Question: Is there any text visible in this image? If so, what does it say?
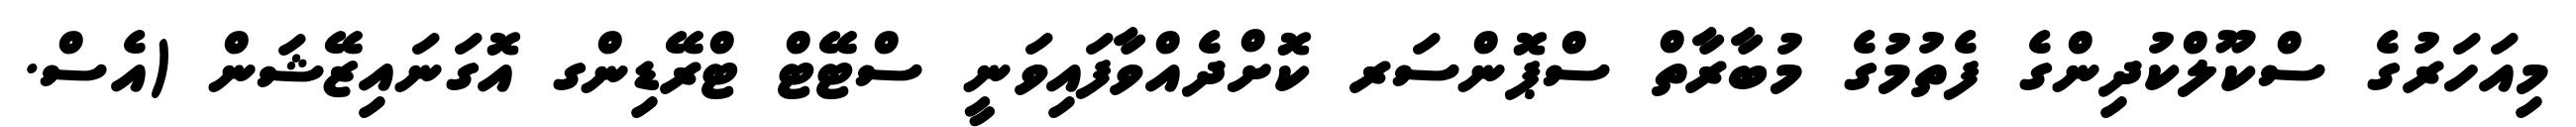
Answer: މިއަހަރުގެ ސްކޫލްކުދިންގެ ފެތުމުގެ މުބާރާތް ސްޕޮންސަރ ކޮށްދެއްވާފައިވަނީ ސްޓޭޓް ޓްރޭޑިންގ އޮގަނައިޒޭޝަން (އެސް.